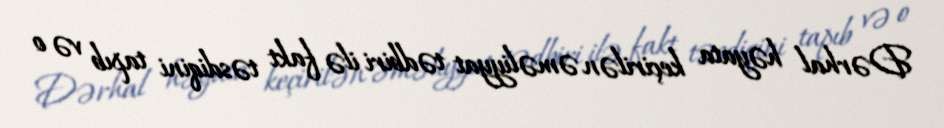
Dərhal həyata keçirilən əməliyyat tədbiri ilə fakt təsdiqini tapıb və o